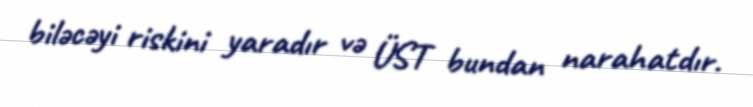
biləcəyi riskini yaradır və ÜST bundan narahatdır.